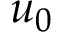
u _ { 0 }